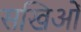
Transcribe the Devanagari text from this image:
सखिओं